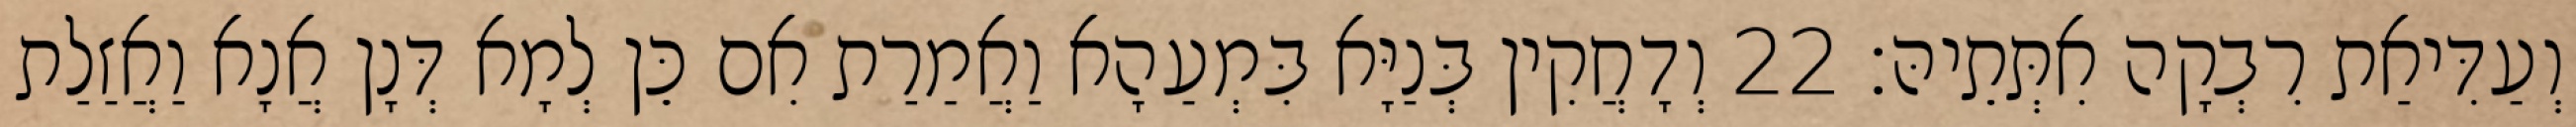
וְעַדִּיאַת רִבְקָה אִתְּתֵיהּ׃ 22 וְדָחֲקִין בְּנַיָּא בִּמְעַהָא וַאֲמַרַת אִם כֵּן לְמָא דְּנָן אֲנָא וַאֲזַלַת